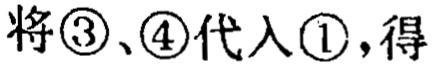
将\textcircled{3}、\textcircled{4}代入\textcircled{1}，得